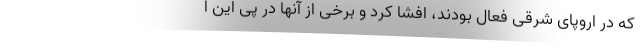
که در اروپای شرقی فعال بودند، افشا کرد و برخی از آنها در پی این ا